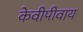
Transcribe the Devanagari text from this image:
केवीपीवाय